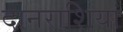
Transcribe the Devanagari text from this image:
दानराशियां